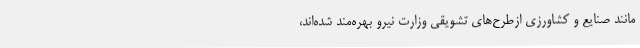
مانند صنایع و کشاورزی ازطرح‌های تشویقی وزارت نیرو بهره‌مند شده‌اند،